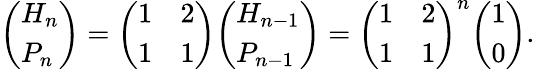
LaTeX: {\left(\begin{array}{l}{H_{n}}\\ {P_{n}}\end{array}\right)}={\left(\begin{array}{ll}{1}&{2}\\ {1}&{1}\end{array}\right)}{\left(\begin{array}{l}{H_{n-1}}\\ {P_{n-1}}\end{array}\right)}={\left(\begin{array}{ll}{1}&{2}\\ {1}&{1}\end{array}\right)}^{n}{\left(\begin{array}{l}{1}\\ {0}\end{array}\right)}.